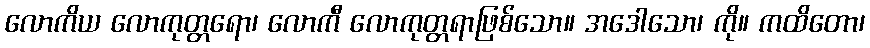
လောကိယ လောကုတ္တရော၊ လောကီ လောကုတ္တရာဖြစ်သော။ အဒေါသော၊ ကို။ ကထိတော၊